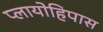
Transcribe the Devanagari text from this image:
प्लायोहिपास